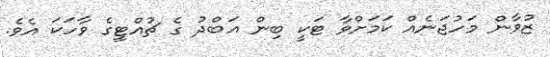
ޒުވާން މަހުޖަނެއް ކަމަށްވާ ޓަކީ ބިން އަބްދު ގެ ޗުއްޓީގެ ވާހަކަ އެވެ.